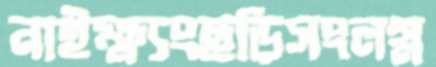
নাইক্ষ্যংছড়িসংলগ্ন